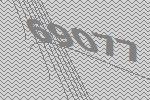
69077